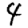
Digit: 4